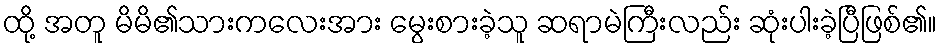
ထို့ အတူ မိမိ၏သားကလေးအား မွေးစားခဲ့သူ ဆရာမဲကြီးလည်း ဆုံးပါးခဲ့ပြီဖြစ်၏။